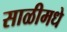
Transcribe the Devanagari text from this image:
साळीमधे